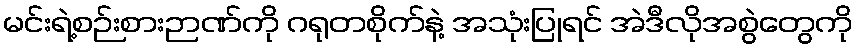
မင်းရဲ့စဉ်းစားဉာဏ်ကို ဂရုတစိုက်နဲ့ အသုံးပြုရင် အဲဒီလိုအစွဲတွေကို